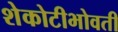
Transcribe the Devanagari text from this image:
शेकोटीभोवती